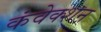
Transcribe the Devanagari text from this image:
कंवेक्शन